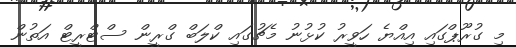
މި ގުރޫޕްގައި އިއްޔެ ހަވީރު ކުޅުނު މެޗުގައި ކްލަބް ގްރީން ސްޓްރީޓް އަތުން